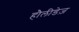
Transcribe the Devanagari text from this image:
हौलीडेज़